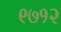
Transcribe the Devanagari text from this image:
९७१२